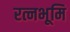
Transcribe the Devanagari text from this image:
रत्नभूमि